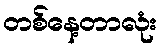
တစ်နေ့တာလုံး